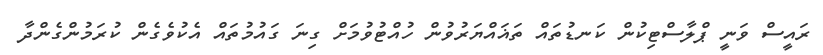
ރައީސް ވަނީ ޕްލާސްޓިކުން ކަނޑުތައް ތަޣައްޔަރުވުން ހުއްޓުވުމަށް ގިނަ ގައުމުތައް އެކުވެގެން ކުރަމުންގެންދާ